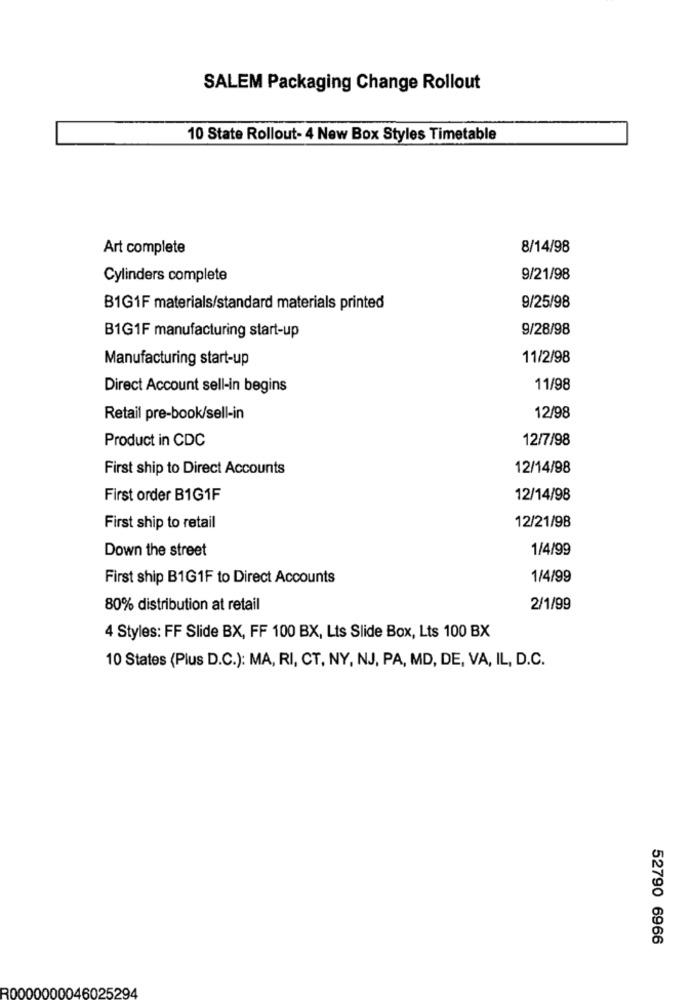
SALEM Packaging Change Rollout
10 State Rollout- 4 New Box Styles Timetable
Art complete
8/14/98
Cylinders complete
9/21/98
B1G1F materials/standard materials printed
9/25/98
9/28/98
B1G1F manufacturing start-up
Manufacturing start-up
11/2/98
Direct Account sell-in begins
11/98
Retail pre-book/sell-in
12/98
Product in CDC
12/7/98
First ship to Direct Accounts
12/14/98
First order B1G1F
12/14/98
12/21/98
First ship to retail
Down the street
1/4/99
First ship B1G1F to Direct Accounts
1/4/99
80% distribution at retail
2/1/99
4 Styles: FF Slide BX, FF 100 BX, Lts Slide Box, Lts 100 BX
10 States (Plus D.C.): MA, RI, CT, NY, NJ, PA, MD, DE, VA, IL, D.C.
52790 6966
30000000046025294